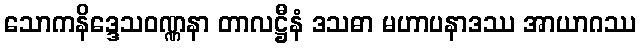
သောကနိဒ္ဒေသဝဏ္ဏနာ တာလဋ္ဌီနံ ဒသဓာ မဟာပနာဒဿ အာယာဂဿ